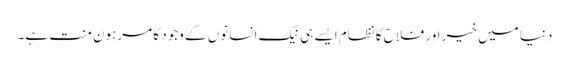
دنیا میں خیر اور فلاح کا نظام ایسے ہی نیک انسانوں کے وجود کا مرہون منت ہے۔